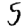
Digit: 5